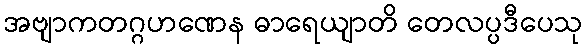
အဗျာကတဂ္ဂဟဏေန ဓာရေယျာတိ တေလပ္ပဒီပေသု